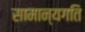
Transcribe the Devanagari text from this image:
सामान्यगति